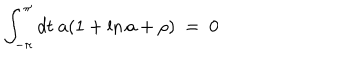
LaTeX: \int _ { - \pi } ^ { \pi } d t ~ a ( 1 + \ln a + \rho ) \ = \ 0